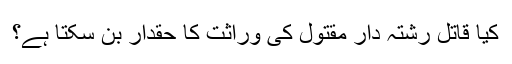
کیا قاتل رشتہ دار مقتول کی وراثت کا حقدار بن سکتا ہے؟